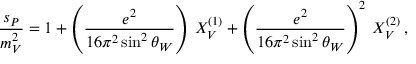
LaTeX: \frac { s _ { P } } { m _ { V } ^ { 2 } } = 1 + \left( \frac { e ^ { 2 } } { 1 6 \pi ^ { 2 } \sin ^ { 2 } \theta _ { W } } \right) \: X _ { V } ^ { ( 1 ) } + \left( \frac { e ^ { 2 } } { 1 6 \pi ^ { 2 } \sin ^ { 2 } \theta _ { W } } \right) ^ { 2 } \: X _ { V } ^ { ( 2 ) } \, ,